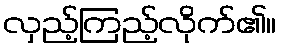
လှည့်ကြည့်လိုက်၏။